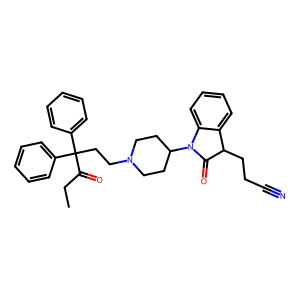
SMILES: CCC(=O)C(CCN1CCC(N2C(=O)C(CCC#N)c3ccccc32)CC1)(c1ccccc1)c1ccccc1
Inhibits HIV replication: No